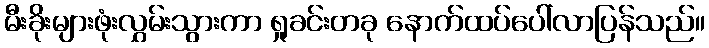
မီးခိုးများဖုံးလွှမ်းသွားကာ ရှုခင်းတခု နောက်ထပ်ပေါ်လာပြန်သည်။